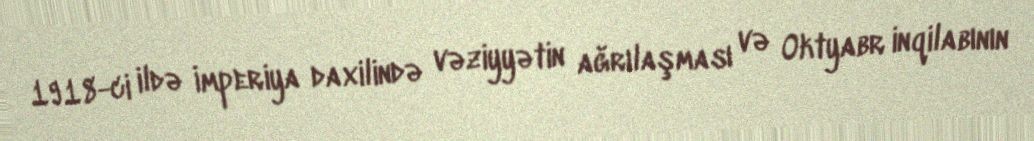
1918-ci ildə İmperiya daxilində vəziyyətin ağrılaşması və Oktyabr inqilabının